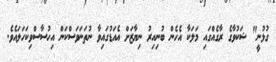
ގުޅުނީ" ޝަކުވާގެ ރާގެއްގައި މަލަކާ އެހެން ބުނިއިރު ނިޔާޒަށް އެއަޑުގައިވާ ނުތަނަވަސްކަން އިހުސާސްވިކަހަލައެވެ.